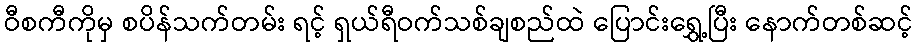
ဝီစကီကိုမှ စပိန်သက်တမ်း ရင့် ရှယ်ရီဝက်သစ်ချစည်ထဲ ပြောင်းရွှေ့ပြီး နောက်တစ်ဆင့်